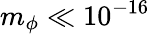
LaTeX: m_{\phi}\ll 10^{-16}